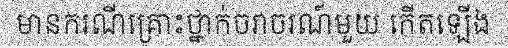
មានករណីគ្រោះថ្នាក់ចរាចរណ៍មួយ កើតឡើង